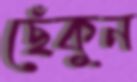
ছেঁকুন